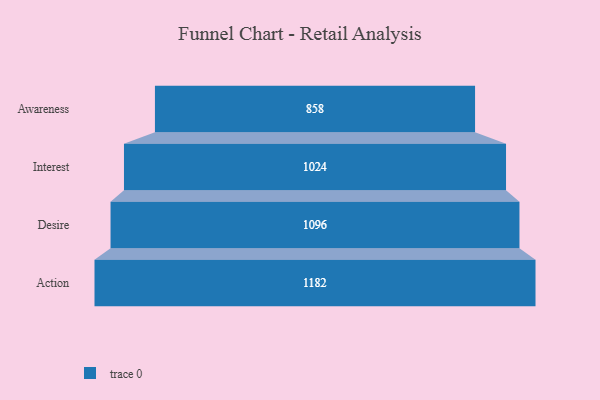
{"axis": {"x": "Stage", "y": "Value"}, "legend": [""], "data": [{"x": "Awareness", "y": 858.0, "type": ""}, {"x": "Interest", "y": 1024.0, "type": ""}, {"x": "Desire", "y": 1096.0, "type": ""}, {"x": "Action", "y": 1182.0, "type": ""}]}